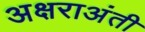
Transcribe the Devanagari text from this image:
अक्षराअंती